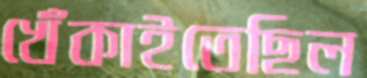
খেঁকাইতেছিল